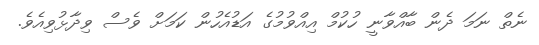
ނެތް ނަމަ ދެން ބާއްވާނީ ހުކުމް އިއްވުމުގެ އަޑުއެހުން ކަމަށް ވެސް ވިދާޅުވިއެވެ.